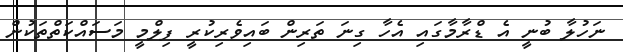
ނަހުލާ ބުނީ އެ ޑްރާމާގައި އެހާ ގިނަ ތަރިން ބައިވެރިކުރީ ފިލްމީ މަސައްކަތްތަކުން